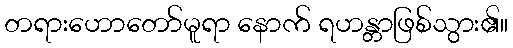
တရားဟောတော်မူရာ နောက် ရဟန္တာဖြစ်သွား၏။